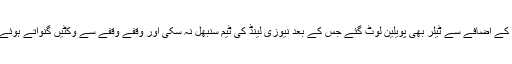
ولیمسن کے آؤٹ ہونے کے بعد 10 رنز کے اضافے سے ٹیلر بھی پویلین لوٹ گئے جس کے بعد نیوزی لینڈ کی ٹیم سنبھل نہ سکی اور وقفے وقفے سے وکٹیں گنواتے ہوئے پوری ٹیم 223 رنز پر پویلین لوٹ گئی۔